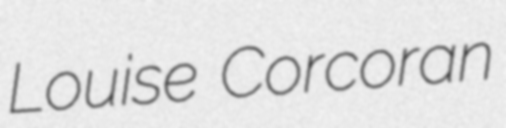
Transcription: Louise Corcoran